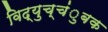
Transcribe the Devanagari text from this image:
विद्युच्चंुबक